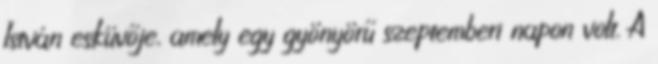
István esküvője, amely egy gyönyörű szeptemberi napon volt. A